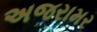
અજરામર